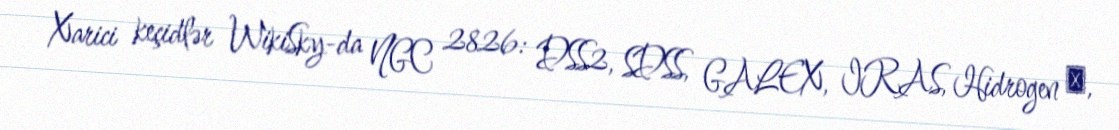
Xarici keçidlər WikiSky-da NGC 2826: DSS2, SDSS, GALEX, IRAS, Hidrogen α,